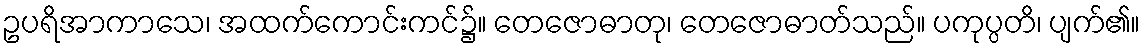
ဥပရိအာကာသေ၊ အထက်ကောင်းကင်၌။ တေဇောဓာတု၊ တေဇောဓာတ်သည်။ ပကုပ္ပတိ၊ ပျက်၏။